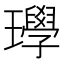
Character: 𱰁